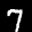
Label: 7